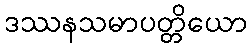
ဒဿနသမာပတ္တိယော